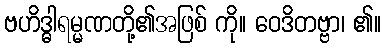
ဗဟိဒ္ဓါရမ္မဏတို့၏အဖြစ် ကို။ ဝေဒိတဗ္ဗာ၊ ၏။